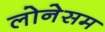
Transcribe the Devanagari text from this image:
लोनेसम